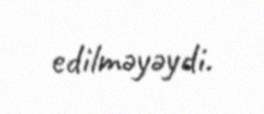
edilməyəydi.